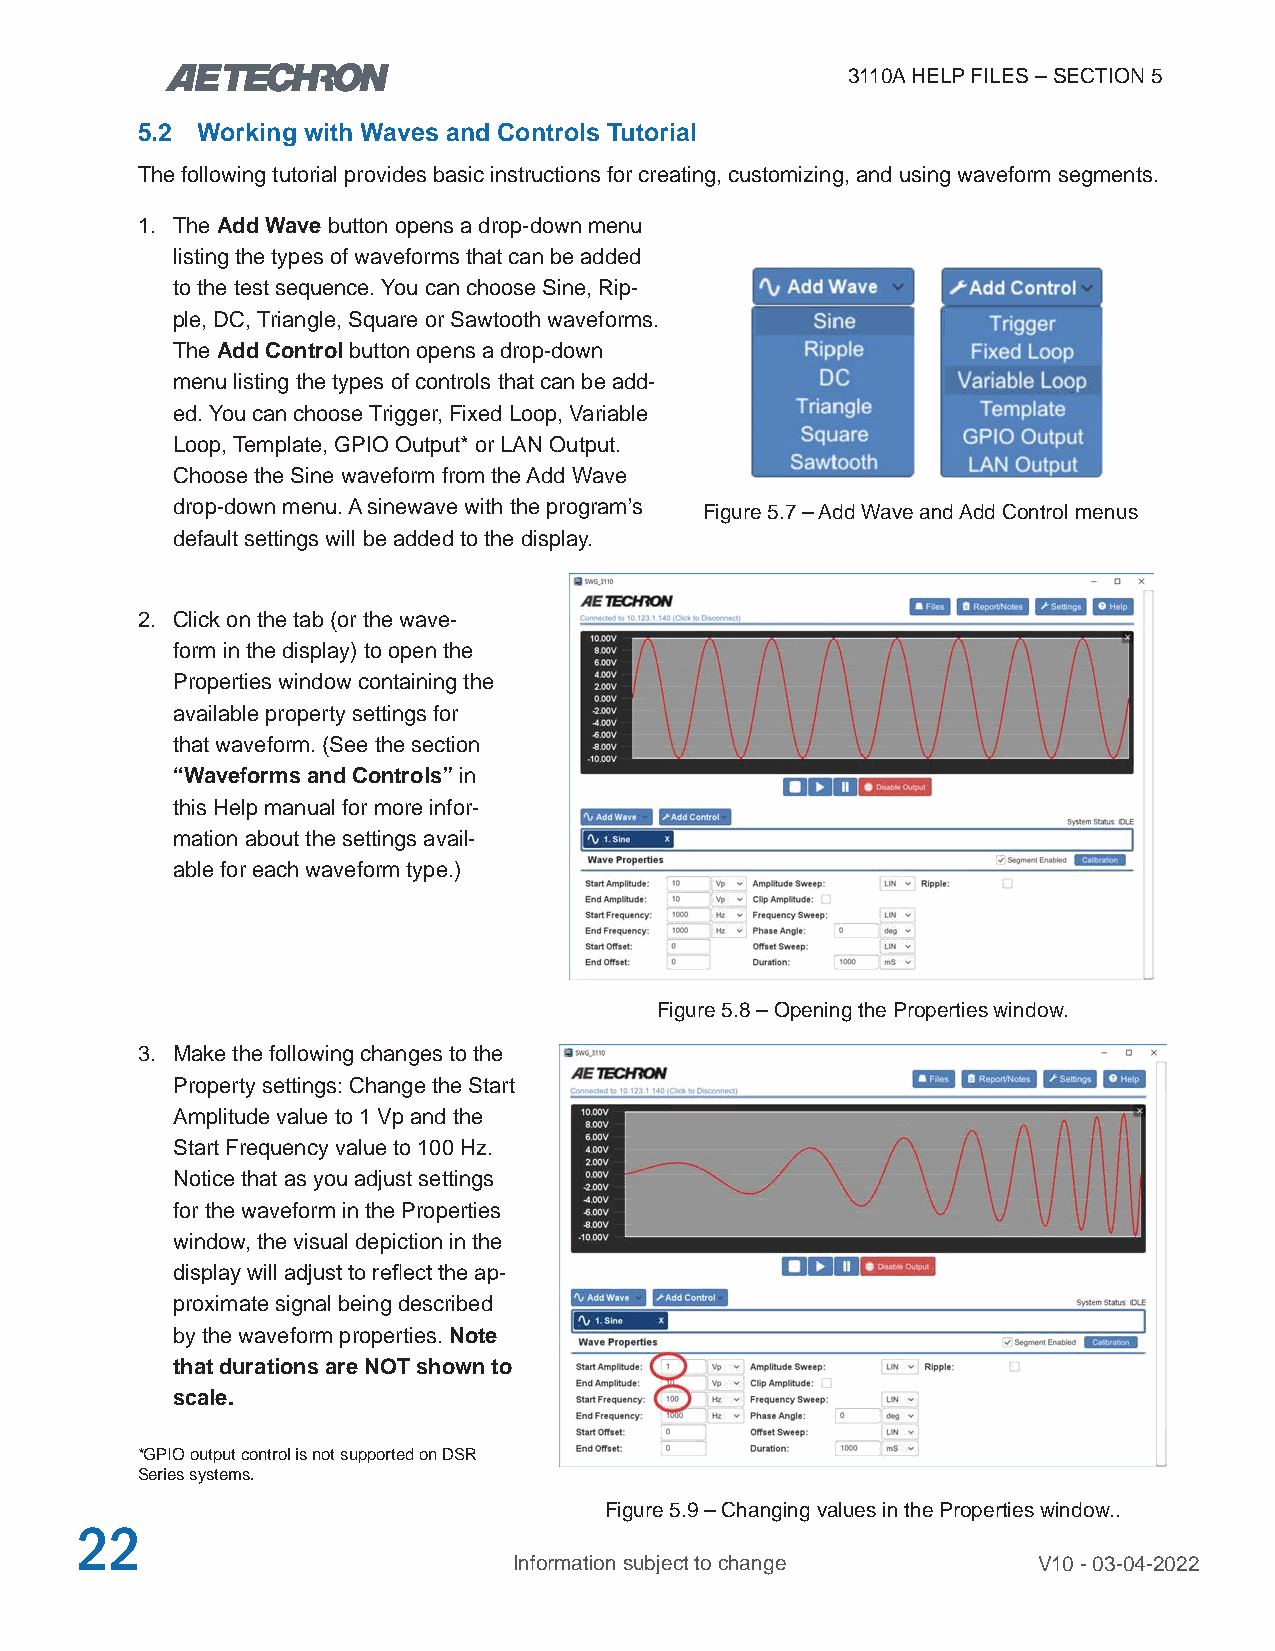
3110A HELP FILES – SECTION 5
 5.2 Working with Waves and Controls Tutorial
 The following tutorial provides basic instructions for creating, customizing, and using waveform segments.
 1. The Add Wave button opens a drop-down menu
 listing the types of waveforms that can be added
 to the test sequence. You can choose Sine, Rip-
 ple, DC, Triangle, Square or Sawtooth waveforms.
 The Add Control button opens a drop-down
 menu listing the types of controls that can be add-
 ed. You can choose Trigger, Fixed Loop, Variable
 Loop, Template, GPIO Output* or LAN Output.
 Choose the Sine waveform from the Add Wave
 drop-down menu. A sinewave with the program’s Figure 5.7 – Add Wave and Add Control menus
 default settings will be added to the display.
 2. Click on the tab (or the wave-
 form in the display) to open the
 Properties window containing the
 available property settings for
 that waveform. (See the section
 “Waveforms and Controls” in
 this Help manual for more infor-
 mation about the settings avail-
 able for each waveform type.)
 Figure 5.8 – Opening the Properties window.
 3. Make the following changes to the
 Property settings: Change the Start
 Amplitude value to 1 Vp and the
 Start Frequency value to 100 Hz.
 Notice that as you adjust settings
 for the waveform in the Properties
 window, the visual depiction in the
 display will adjust to reflect the ap-
 proximate signal being described
 by the waveform properties. Note
 that durations are NOT shown to
 scale.
 *GPIO output control is not supported on DSR
 Series systems.
 Figure 5.9 – Changing values in the Properties window..
 22
 Information subject to change      V10 - 03-04-2022